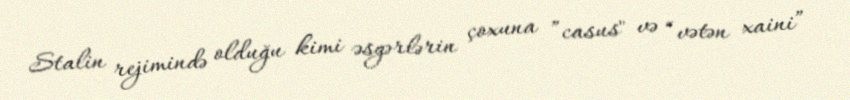
Stalin rejimində olduğu kimi əsgərlərin çoxuna ”casus" və “vətən xaini”